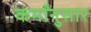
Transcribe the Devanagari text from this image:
कर्मांनुसार